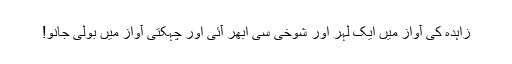
زاہدہ کی آواز میں ایک لہر اور شوخی سی ابھر آئی اور چہکتی آواز میں بولی جانو!